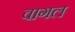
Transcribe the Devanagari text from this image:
वागल